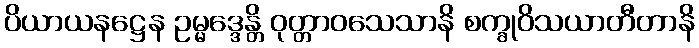
ပိယာယနဋ္ဌေန ဥမ္မဒ္ဒေန္တိ ဝုတ္တာဝသေသာနိ စက္ခုဝိသယာတီတာနိ